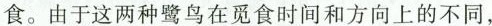
食。由于这两种鹭鸟在觅食时间和方向上的不同，